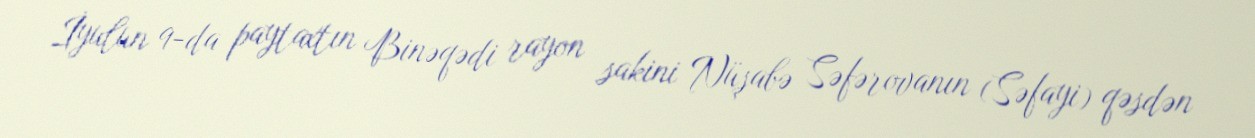
İyulun 9-da paytaxtın Binəqədi rayon sakini Nüşabə Səfərovanın (Səfayi) qəsdən